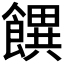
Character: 𩞫